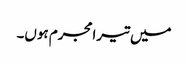
میں تیرامجرم ہوں۔